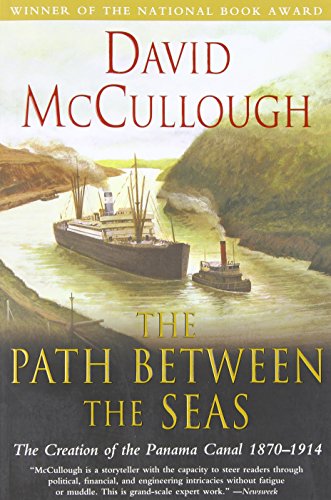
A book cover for The Path Between the Seas: The Creation of the Panama Canal, 1870-1914; David McCullough; Engineering & Transportation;